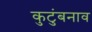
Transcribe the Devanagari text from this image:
कुटुंबनाव